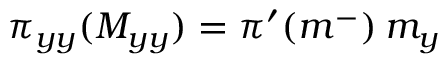
\pi _ { y y } ( M _ { y y } ) = \pi ^ { \prime } ( m ^ { - } ) \: m _ { y }